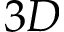
3 D